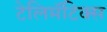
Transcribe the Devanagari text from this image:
टेलिमॅटिक्स